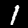
Label: 1